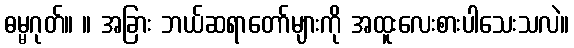
ဓမ္မဂုတ်။ ။ အခြား ဘယ်ဆရာတော်များကို အထူးလေးစားပါသေးသလဲ။